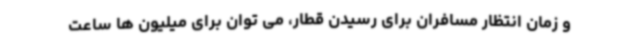
و زمان انتظار مسافران برای رسیدن قطار، می توان برای میلیون ها ساعت